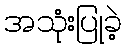
အသုံးပြုခဲ့